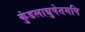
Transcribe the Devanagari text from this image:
कुंडलाद्युपेतमपि